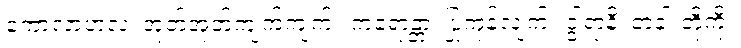
ကောလာဟလံ၊ အုတ်အုတ်ကျက်ကျက်။ ကရောန္တာ၊ ပြုကုန်လျက်။ ဒွါရာနိ၊ တံခါးတို့ကို။